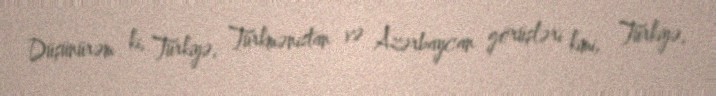
Düşünürəm ki, Türkiyə, Türkmənistan və Azərbaycan görüşləri kimi, Türkiyə,